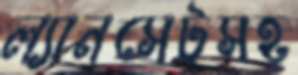
ল্যানসেটসহ